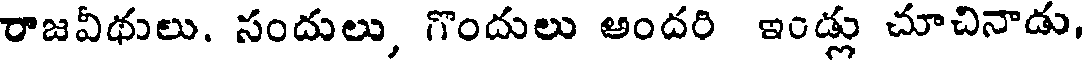
రాజవీథులు. సందులు, గొందులు అందరి ఇండ్లు చూచినాడు